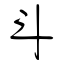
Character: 斗